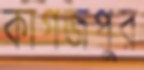
কাগজপুর